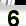
Digit: 6